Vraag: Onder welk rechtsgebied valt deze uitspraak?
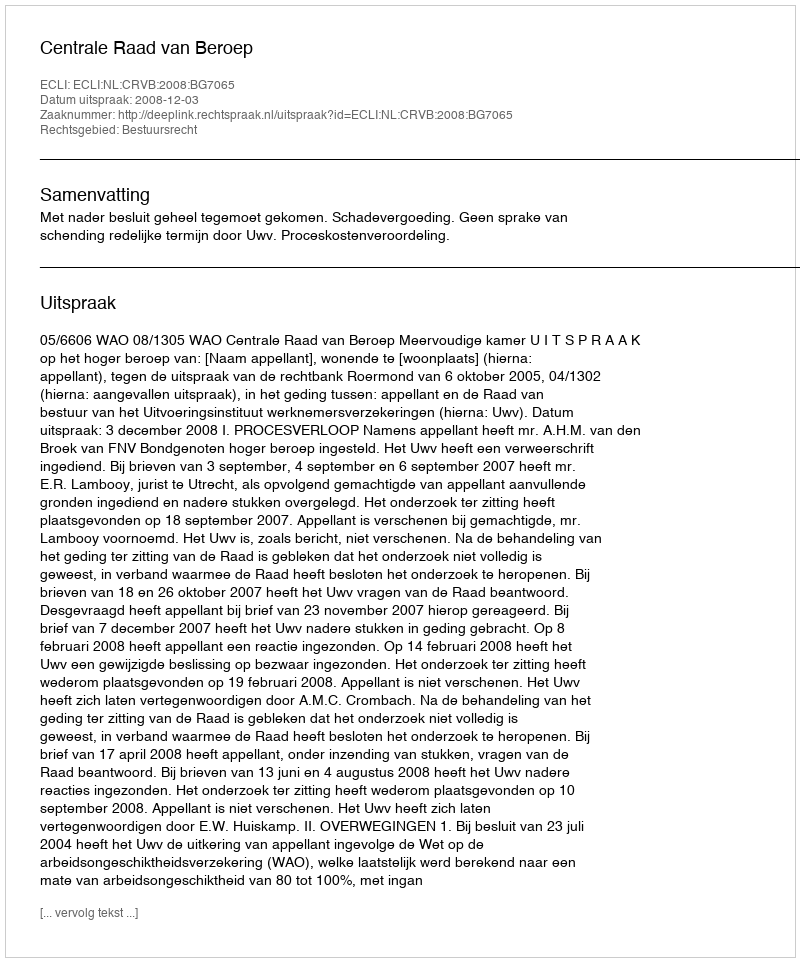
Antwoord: Bestuursrecht